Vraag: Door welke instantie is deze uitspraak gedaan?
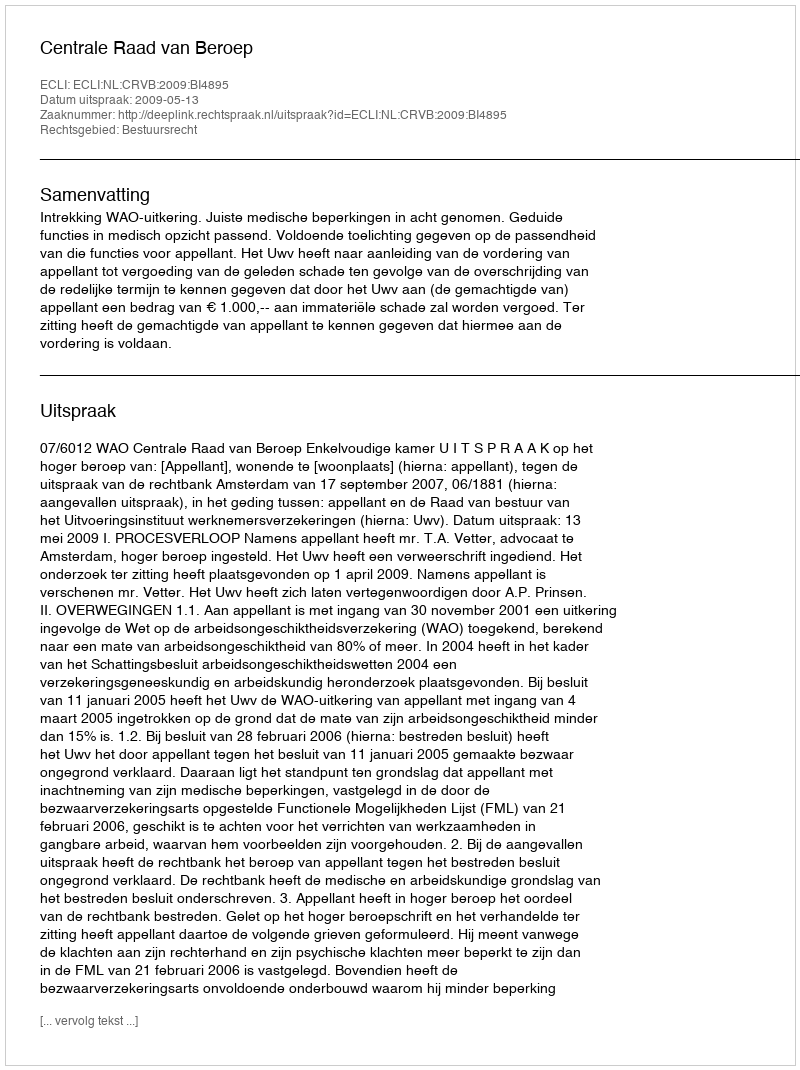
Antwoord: Centrale Raad van Beroep